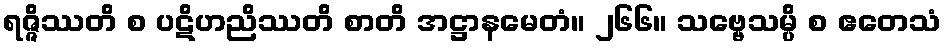
ရဇ္ဇိဿတိ စ ပဋိဟညိဿတိ စာတိ အဋ္ဌာနမေတံ။ ၂၆၆။ သဗ္ဗေသမ္ပိ စ ဧတေသံ